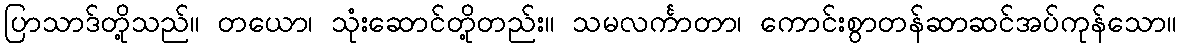
ပြာသာဒ်တို့သည်။ တယော၊ သုံးဆောင်တို့တည်း။ သမလင်္ကာတာ၊ ကောင်းစွာတန်ဆာဆင်အပ်ကုန်သော။